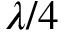
\lambda / 4